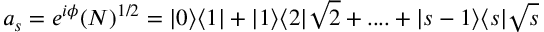
a _ { s } = e ^ { i \phi } ( N ) ^ { 1 / 2 } = | 0 \rangle \langle 1 | + | 1 \rangle \langle 2 | \sqrt { 2 } + . . . . + | s - 1 \rangle \langle s | \sqrt { s }